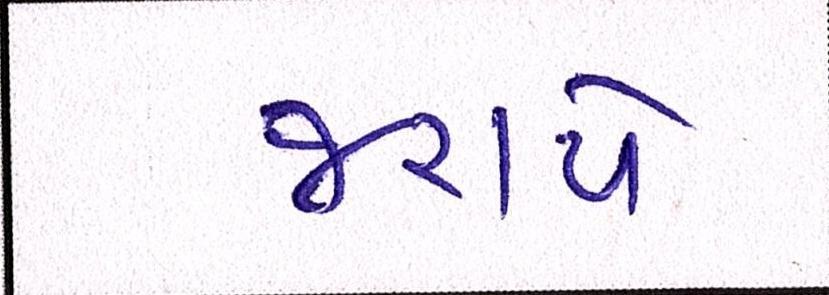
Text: જરાયે